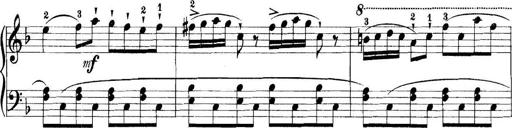
Title: 11 Sonatinas
Composer: Anton Diabelli